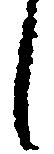
し